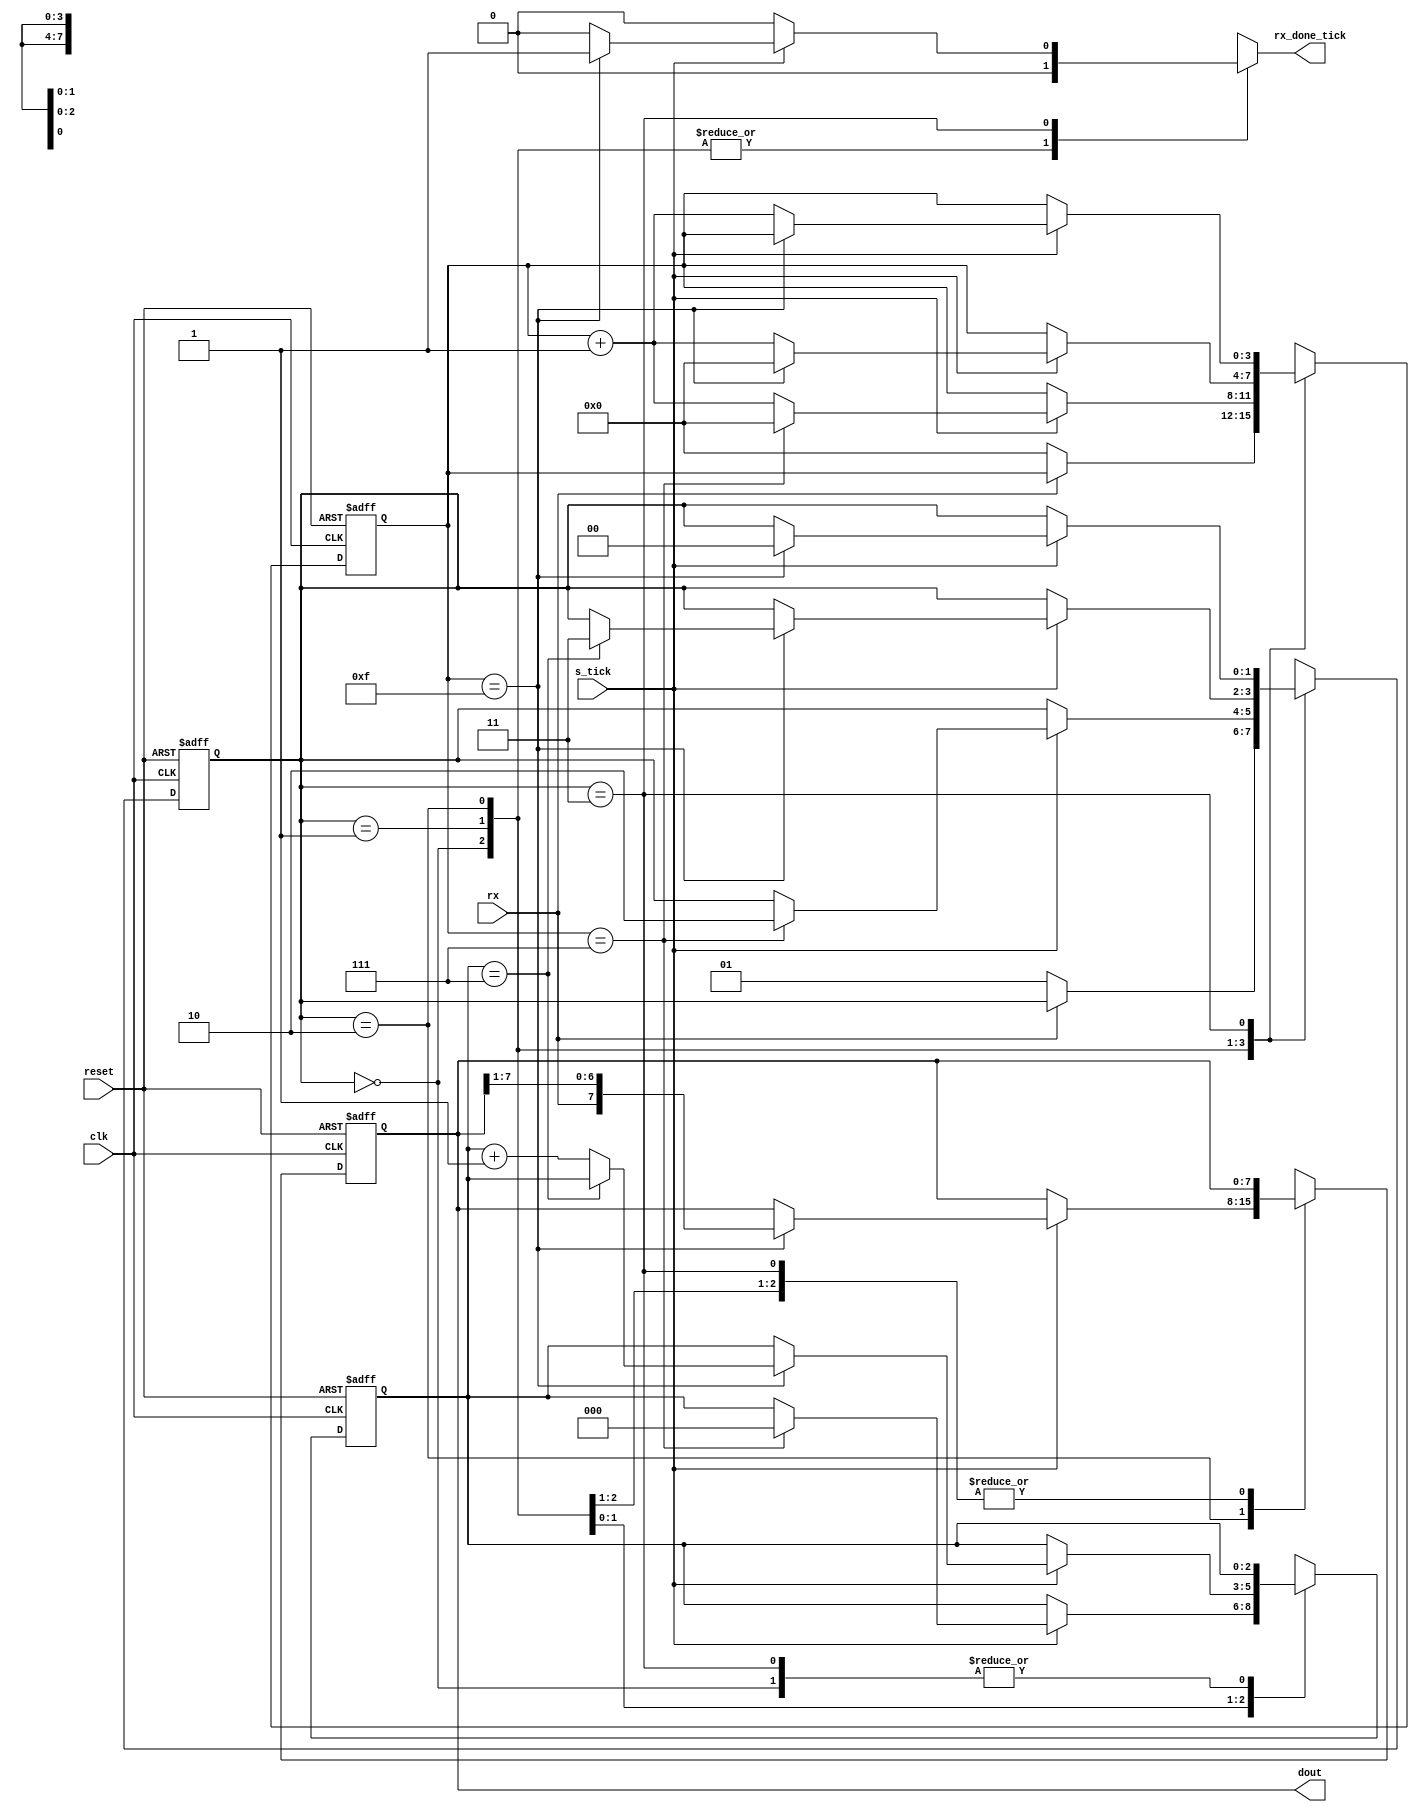
`timescale 1ns / 1ps
//////////////////////////////////////////////////////////////////////////////////
// Company: 
// Engineer: 
// 
// Design Name: 
// Module Name:    uart_rx 
// Project Name: 
// Target Devices: 
// Tool versions: 
// Description: 
//
// Dependencies: 
//
// Revision: 
// Revision 0.01 - File Created
// Additional Comments: 
//
//////////////////////////////////////////////////////////////////////////////////
module uart_rx #(	parameter DBIT = 8, //#data bits
						parameter SB_TICK = 16 //ticks for stop bits 
					 )
					 ( input  wire  clk, reset, 
						input  wire  rx,  s_tick, 
						output  reg  rx_done_tick, 
						output  wire  [7:0]  dout 
					 );
 
//  symbolic  state  declaration 
localparam  [1:0]
	idle  =  2'b00, 
	start =  2'b01, 
	data  =  2'b10, 
	stop  =  2'b11; 

//  signal  declaration 
reg  [1:0]  state_reg, state_next;
reg  [3:0]  s_reg, s_next; 
reg  [2:0]  n_reg, n_next; 
reg  [7:0]  b_reg, b_next; 


//  bod,v 
//  FSMD  state  &  data  registers 
always  @(posedge clk,  posedge reset) 
	if (reset) 
		begin 
			state_reg  <=  idle; 
			s_reg  <=  0; 
			n_reg  <=  0; 
			b_reg  <=  0; 
		end 
	else 
		begin 
			state_reg  <=  state_next ; 
			s_reg  <=  s_next; 
			n_reg  <=  n_next; 
			b_reg  <=  b_next; 
		end 

//  FSMD  next-state  logic 
always  @* 
begin 
	state_next  =  state_reg; 
	rx_done_tick  =  1'b0; 
	s_next  =  s_reg; 
	n_next  =  n_reg; 
	b_next  =  b_reg; 

	case (state_reg) 
		idle:
			if  (~rx) 
			begin 
				state_next  =  start; 
				s_next  =  0; 
			end 
		start:
			if  (s_tick) 
				if  (s_reg==7) 
					begin 
						state_next  =  data; 
						s_next  =  0; 
						n_next  =  0; 
					end 
				else 
					s_next  =  s_reg  +  1; 	
		data:
			if  (s_tick) 
				if  (s_reg==15) 
					begin 
						s_next  =  0; 
						b_next  =  {rx , b_reg  [7 : 1]} ; 
						if  (n_reg==(DBIT - 1)) 
							state_next  =  stop  ; 
						else 
							n_next  =  n_reg  +  1; 
					end 
				else 
					s_next  =  s_reg  +  1; 
		stop: 
			if  (s_tick) 
				if  (s_reg == (SB_TICK - 1)) 
					begin 
						state_next  =  idle;
						rx_done_tick  = 1'b1;
					end 
				else 
					s_next  =  s_reg  +  1; 
	endcase

end

//  output 
assign  dout  =  b_reg; 

endmodule